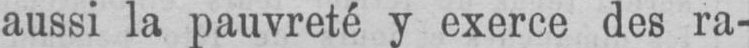
aussi la pauvreté y exerce des ra-